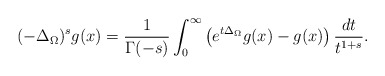
\begin{align*}\displaystyle(-\Delta_{\Omega})^{s}g(x)=\frac1{\Gamma(-s)}\int_0^\infty\left(e^{t\Delta_{\Omega}}g(x)-g(x)\right)\frac{dt}{t^{1+s}}.\end{align*}